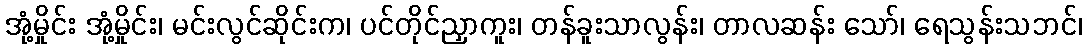
အုံ့မှိုင်း အုံ့မှိုင်း၊ မင်းလွင်ဆိုင်းက၊ ပင်တိုင်ညှာကူး၊ တန်ခူးသာလွန်း၊ တာလဆန်း သော်၊ ရေသွန်းသဘင်၊